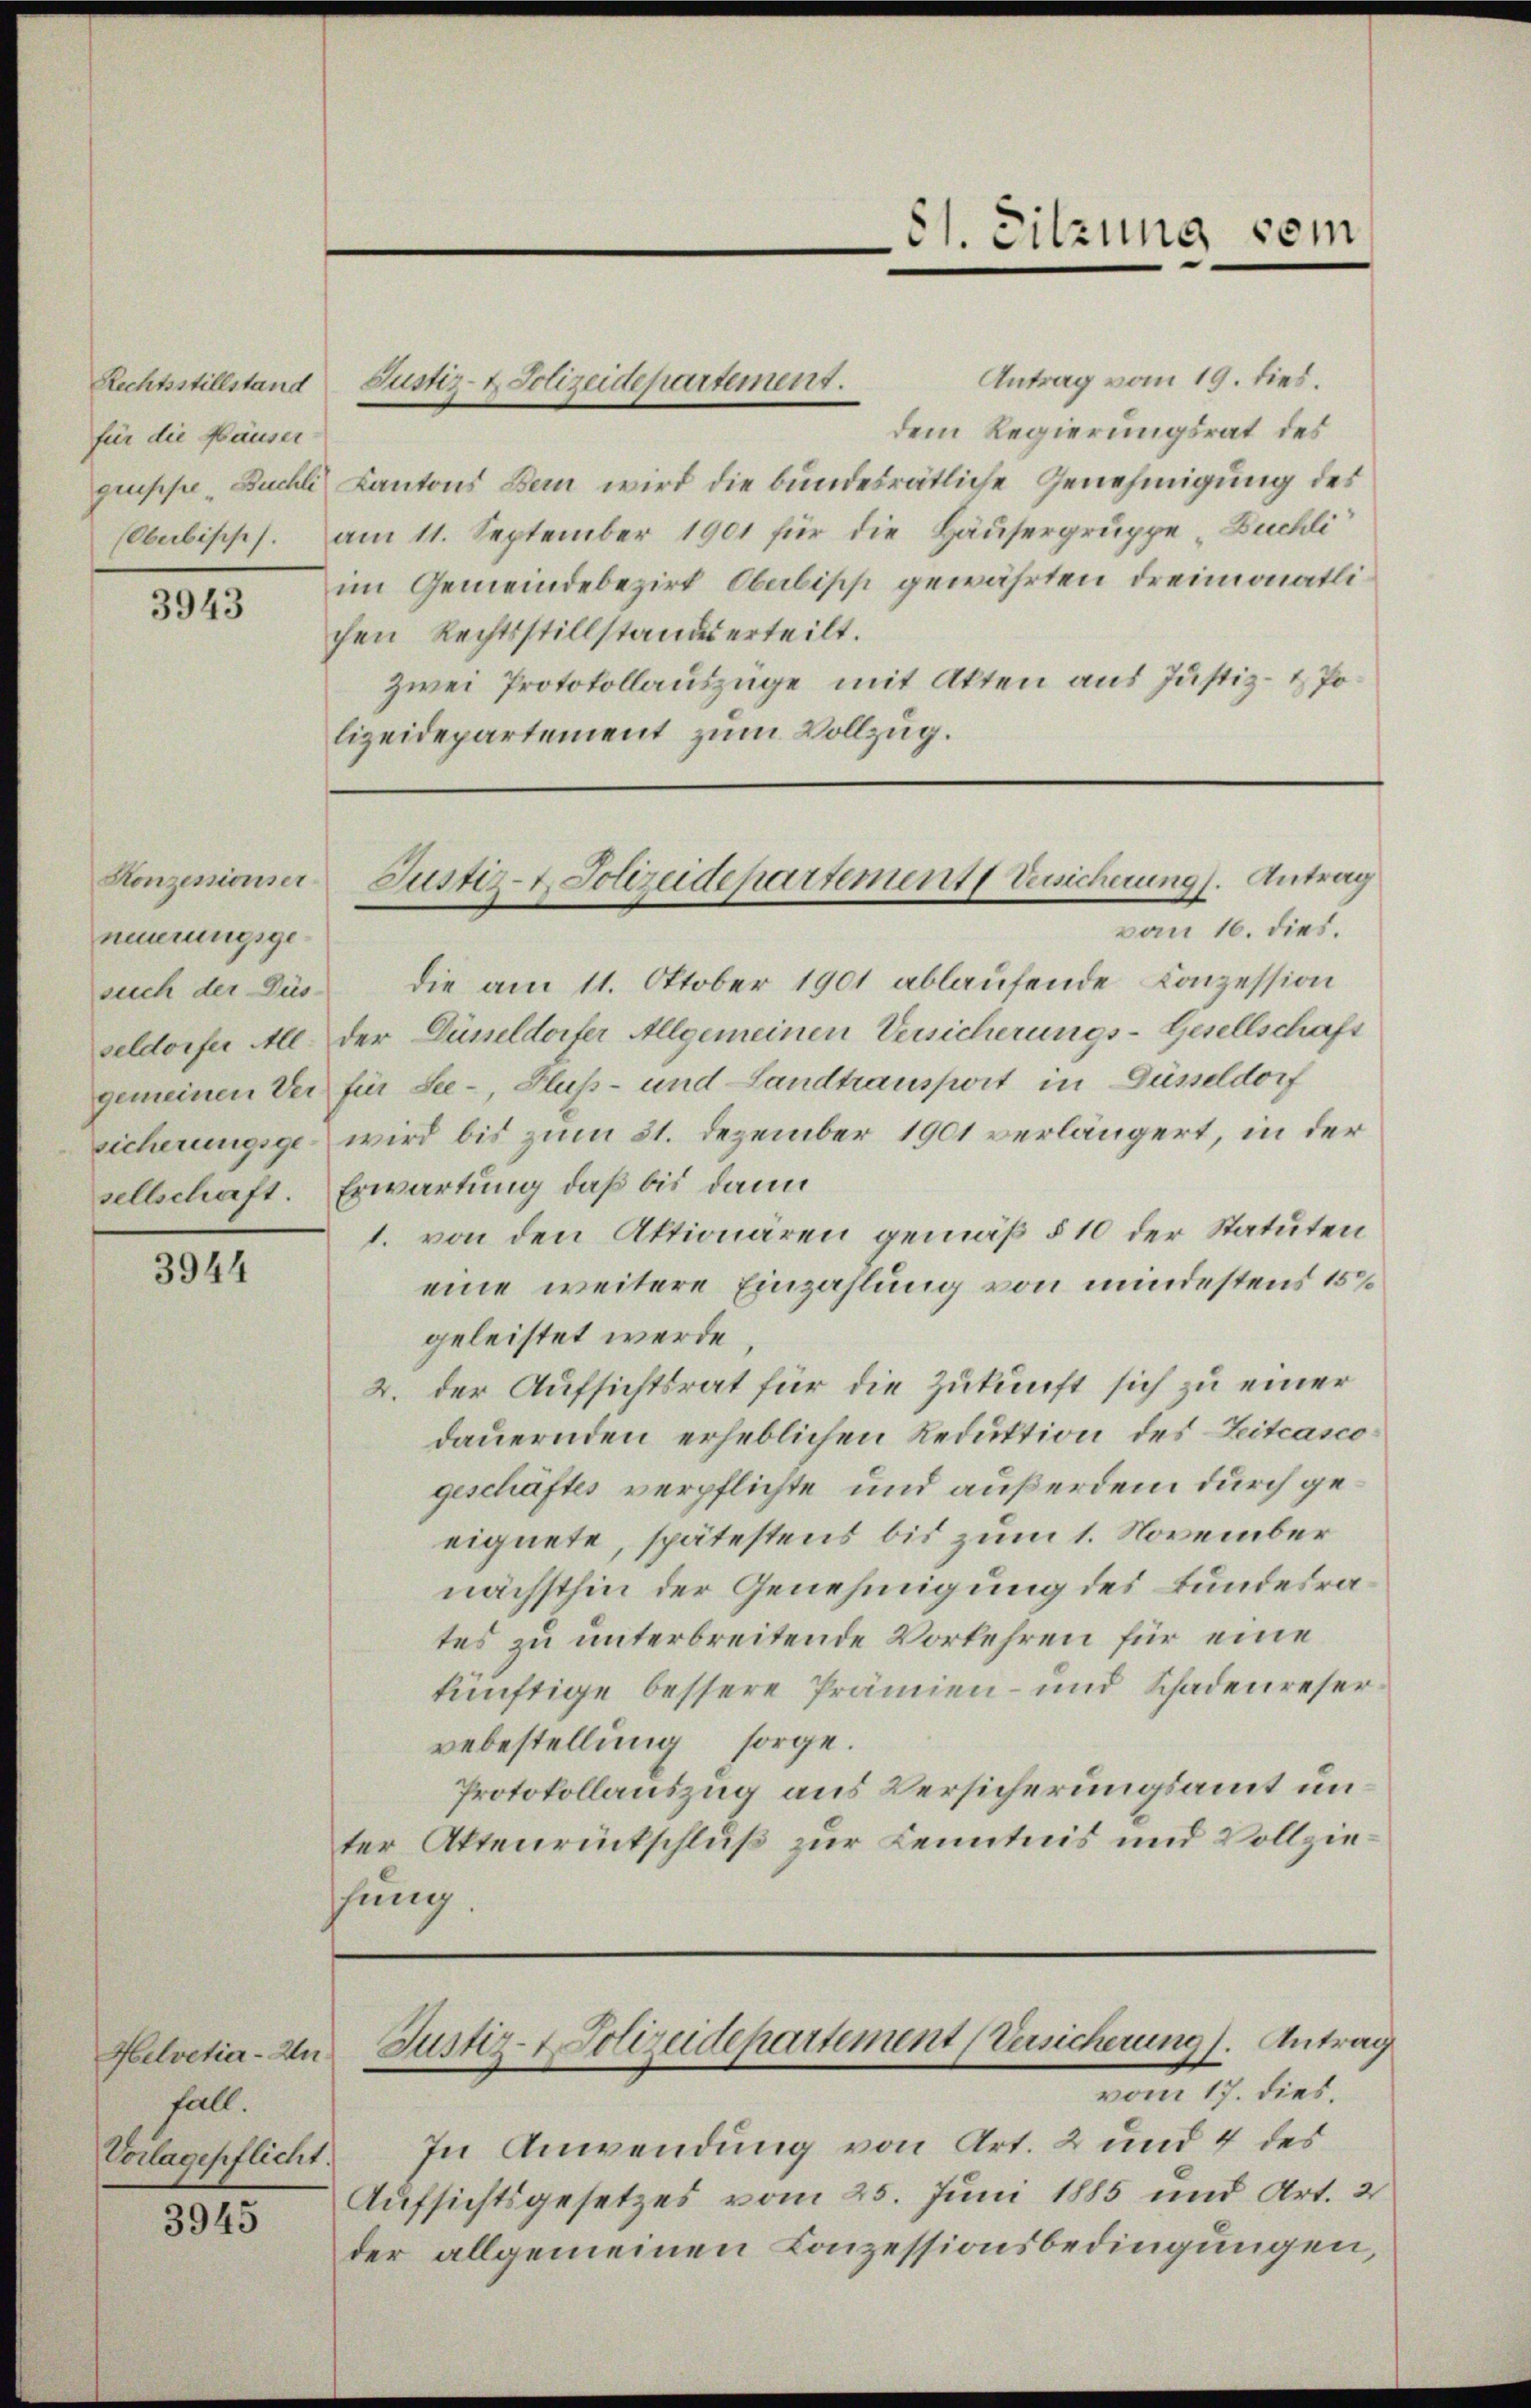
Rechtsstillstand
für die Häuser-
gruppe Buchli

3943

Konzessionser
neuerungsgesuch der Düs-

3944

Helvetier-An
fall.
Vorlagepflicht.

3945

Antrag vom 19. dies.
dem Regierungsrat des
Kantons Bern wird die bundesrätliche Genehmigung des
Oberbischef. am 11. September 1901 für die Häusergruppe -Buchli
im Gemeindebezirk Obabisch gewährten dreimonatlichen Rechtsstillstandes erteilt.
zwei Protokollauszüge mit Akten aus Justiz- & Polizeidepartement zum Vollzug.

von 16. dies.
die am 11. Oktober 1901 ablaufende Conzession
seldorfer All. der Düsseldorfer Allgemeinen Versicherungs-Gesellschaft
gemeinen Ver für See-, Fluß- und Landtransport in Düsseldorf
sicherungsge- wird bis zum 31. Dezember 1901 verlängert, in der
sellschaft. Erwartung, daß bis dann
1. von den Aktionären gemäß § 10 der Statuten
eine weitere Einzahlung von mindestens 15
geleistet werde.
2. der Aufsichtsrat für die Zukunft sich zu einer
dauernden erheblichen Reduktion des Leitcasco
geschäftes verpflichte und außerdem durch geeignete, spätestens bis zum 1. November
nächsthin der Genehmigung des Bundesrates zu unterbreitende Vorkehren für eine
künftige bessere Prämien- und Schadenreser
vebestellung sorge.
Protokollauszug aus Versicherungsamt unter Aktenrückschluß zur Kenntnis und Vollzieung.

In Anwendung von Art. 2 und 4 des
Aufsichtsgesetzes vom 25. Juni 1885 und Art. 2
der allgemeinen Conzessionsbedingungen,

Justiz- & Polizeidepartement.

81. Sitzung sein

Justiz- & Polizeidepartement Versicherung. Antrag

Justiz- & Polizeidepartement (Versicherung 1. Antrag
vom 17. dies.